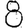
Digit: 8